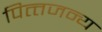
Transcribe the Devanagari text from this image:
पित्‍तजन्‍य